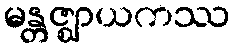
မန္တဇ္ဈာယကဿ